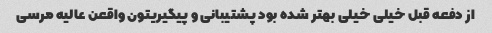
از دفعه قبل خیلی خیلی بهتر شده بود پشتیبانی و پیگیریتون واقعن عالیه مرسی